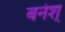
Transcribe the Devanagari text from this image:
बनेश्